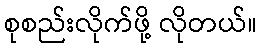
စုစည်းလိုက်ဖို့ လိုတယ်။